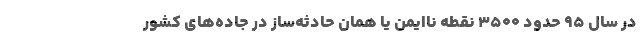
در سال ۹۵ حدود ۳۵۰۰ نقطه ناایمن یا همان حادثه‌ساز در جاده‌های کشور